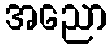
အညော